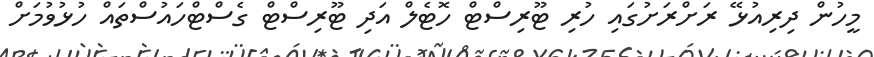
މީހުން ދިރިއުޅޭ ރަށްރަށުގައި ހުރި ޓޫރިސްޓް ހޮޓެލް އަދި ޓޫރިސްޓް ގެސްޓްހައުސްތައް ހުޅުވުމަށް